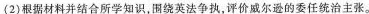
（2）根据材料并结合所学知识，围绕英法争执，评价威尔逊的委任统治主张。